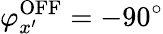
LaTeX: \varphi_{x^{\prime}}^{\mathrm{{OFF}}}=-90^{\circ}